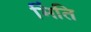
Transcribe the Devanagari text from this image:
भिंति